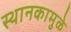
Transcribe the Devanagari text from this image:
स्थानकामुळे